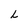
Character: L